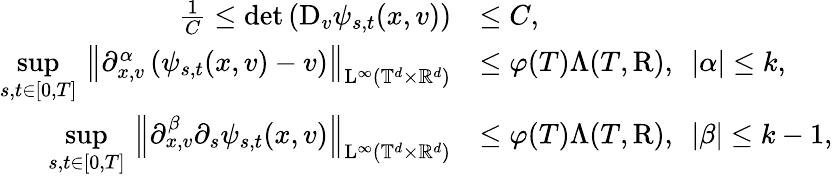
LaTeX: \begin{array}{rl}{\frac{1}{C}\leq\mathrm{det}\left(\mathrm{D}_{v}\psi_{s,t}(x,v)\right)}&{\leq C,}\\ {\underset{s,t\in[0,T]}{\operatorname*{sup}}\, \left\Vert\partial_{x,v}^{\alpha}\left(\psi_{s,t}(x,v)-v\right)\right\Vert_{\mathrm{L}^{\infty}(\mathbb T^{d}\times\mathbb R^{d})}}&{\leq\varphi(T)\Lambda(T,\mathrm{R}),\ \ \vert\alpha\vert\leq k,}\\ {\underset{s,t\in[0,T]}{\operatorname*{sup}}\, \left\Vert\partial_{x,v}^{\beta}\partial_{s}\psi_{s,t}(x,v)\right\Vert_{\mathrm{L}^{\infty}(\mathbb T^{d}\times\mathbb R^{d})}}&{\leq\varphi(T)\Lambda(T,\mathrm{R}),\ \ \vert\beta\vert\leq k-1,}\end{array}